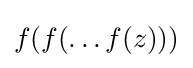
f(f(\dots f(z)))